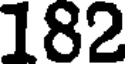
182